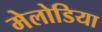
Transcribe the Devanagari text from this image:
मेलोडिया